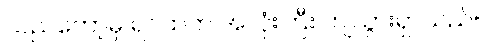
သည်တော့မှ ရင်ထဲက အလုံးကြီး ကျသွားရှာသည်။